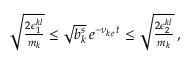
\begin{array} { r } { \sqrt { \frac { 2 \epsilon _ { 1 } ^ { k l } } { m _ { k } } } \le \sqrt { b _ { k } ^ { s } } \, e ^ { - \nu _ { k e } \, t } \le \sqrt { \frac { 2 \epsilon _ { 2 } ^ { k l } } { m _ { k } } } \, , } \end{array}